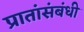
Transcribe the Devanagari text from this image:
प्रातांसंबंधी